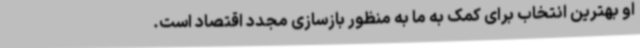
او بهترین انتخاب برای کمک به ما به منظور بازسازی مجدد اقتصاد است.